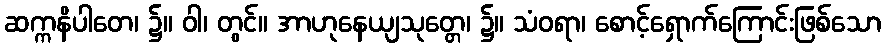
ဆက္ကနိပါတေ၊ ၌။ ဝါ၊ တွင်။ အာဟုနေယျသုတ္တေ၊ ၌။ သံဝရာ၊ စောင့်ရှောက်ကြောင်းဖြစ်သော